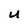
Character: U